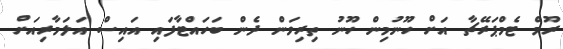
ރޫމް ޓެމްޕަރޭޗާ އަށް ހޫނުމިން ހޫނު ތިރިވަން ދެން ބަހައްޓާފައި އައިސް އަލަމާރިއަށް